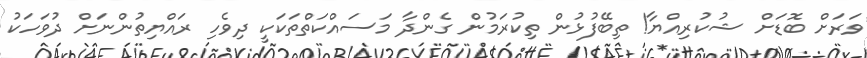
ވަރަށް ބޮޑަށް ޝުކުރިއްޔާ! ތިބޭފުޅުން ތިކުރަމުން ގެންދާ މަސައްކަތްތަކަކީ ދިވެހި ރައްޔިތުންނަށް ދުވަހަކު